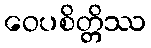
ဝေပစိတ္တိဿ